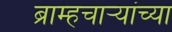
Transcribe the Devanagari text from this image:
ब्राम्हचाऱ्यांच्या